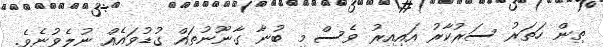
ތިން ހަތަރު ސަރުކާރު އައިއިރު ވެސް މި ބުނާ ގާނޫނުތައް ގުޑުވައެެއް ނުލެވުނެވެ.